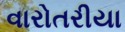
વારોતરીયા